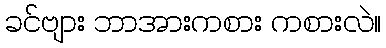
ခင်ဗျား ဘာအားကစား ကစားလဲ။